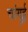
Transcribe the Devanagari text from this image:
चांगुई